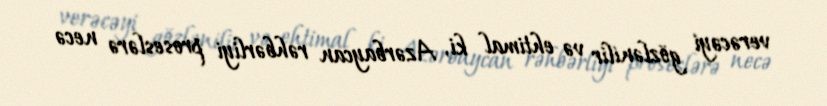
verəcəyi gözlənilir və ehtimal ki, Azərbaycan rəhbərliyi proseslərə necə